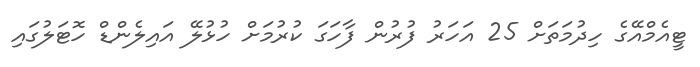
ޓީއެމްއޭގެ ހިދުމަތަށް 25 އަހަރު ފުރުން ފާހަގަ ކުރުމަށް ހުޅުލޭ އައިލެންޑް ހޮޓަލުގައި